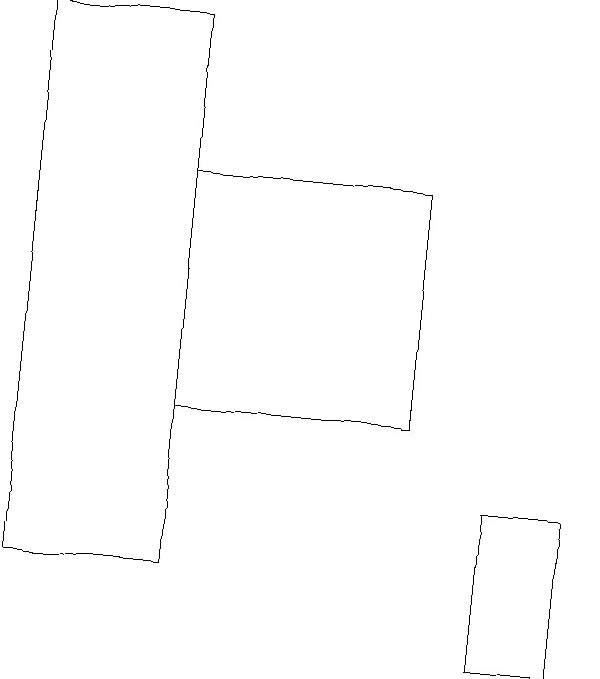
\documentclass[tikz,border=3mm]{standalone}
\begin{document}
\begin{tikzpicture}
\draw (0,19) rectangle (2,12);
\draw (7,13) rectangle (6,11);
\draw (5,14) rectangle (2,17);
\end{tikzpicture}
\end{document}